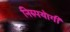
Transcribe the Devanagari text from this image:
निरुपयॊगी